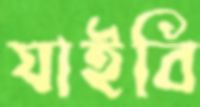
যাইবি